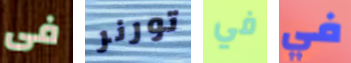
فى تورنر في في